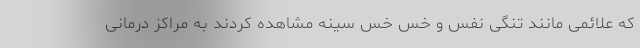
که علائمی مانند تنگی نفس و خس خس سینه مشاهده کردند به مراکز درمانی